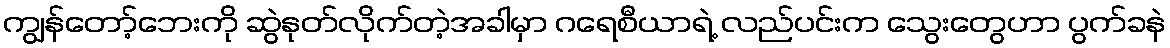
ကျွန်တော့်ဘေးကို ဆွဲနုတ်လိုက်တဲ့အခါမှာ ဂရေစီယာရဲ့ လည်ပင်းက သွေးတွေဟာ ပွက်ခနဲ